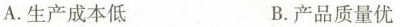
A.生产成本低 B.产品质量优